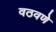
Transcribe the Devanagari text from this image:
वठवणे